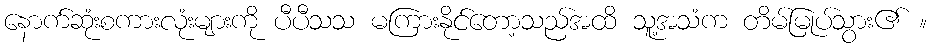
နောက်ဆုံးစကားလုံးများကို ပီပီသသ မကြားနိုင်တော့သည်အထိ သူ့အသံက တိမ်မြုပ်သွား၏ ။